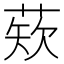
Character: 𫈫